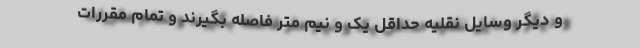
و دیگر وسایل نقلیه حداقل یک و نیم متر فاصله بگیرند و تمام مقررات